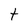
Character: t